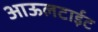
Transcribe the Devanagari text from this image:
आऊलटाईट